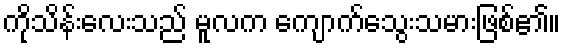
ကိုသိန်းလေးသည် မူလက ကျောက်သွေးသမားဖြစ်၏။